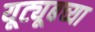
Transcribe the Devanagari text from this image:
यूट्यूबच्या